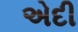
એદી